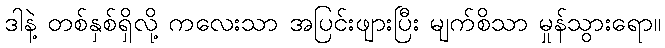
ဒါနဲ့ တစ်နှစ်ရှိလို့ ကလေးသာ အပြင်းဖျားပြီး မျက်စိသာ မှုန်သွားရော။